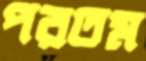
পরতম